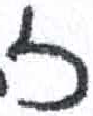
אות: ז